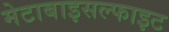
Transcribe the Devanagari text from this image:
मेटाबाइसल्फाइट